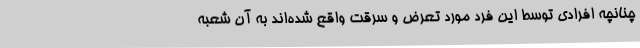
چنانچه افرادی توسط این فرد مورد تعرض و سرقت واقع شده‌اند به آن شعبه